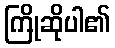
ကြိုဆိုပါ၏